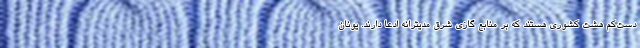
دست‌کم هشت کشوری هستند که بر منابع گازی شرق مدیترانه ادعا دارند. یونان